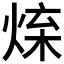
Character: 𤉬